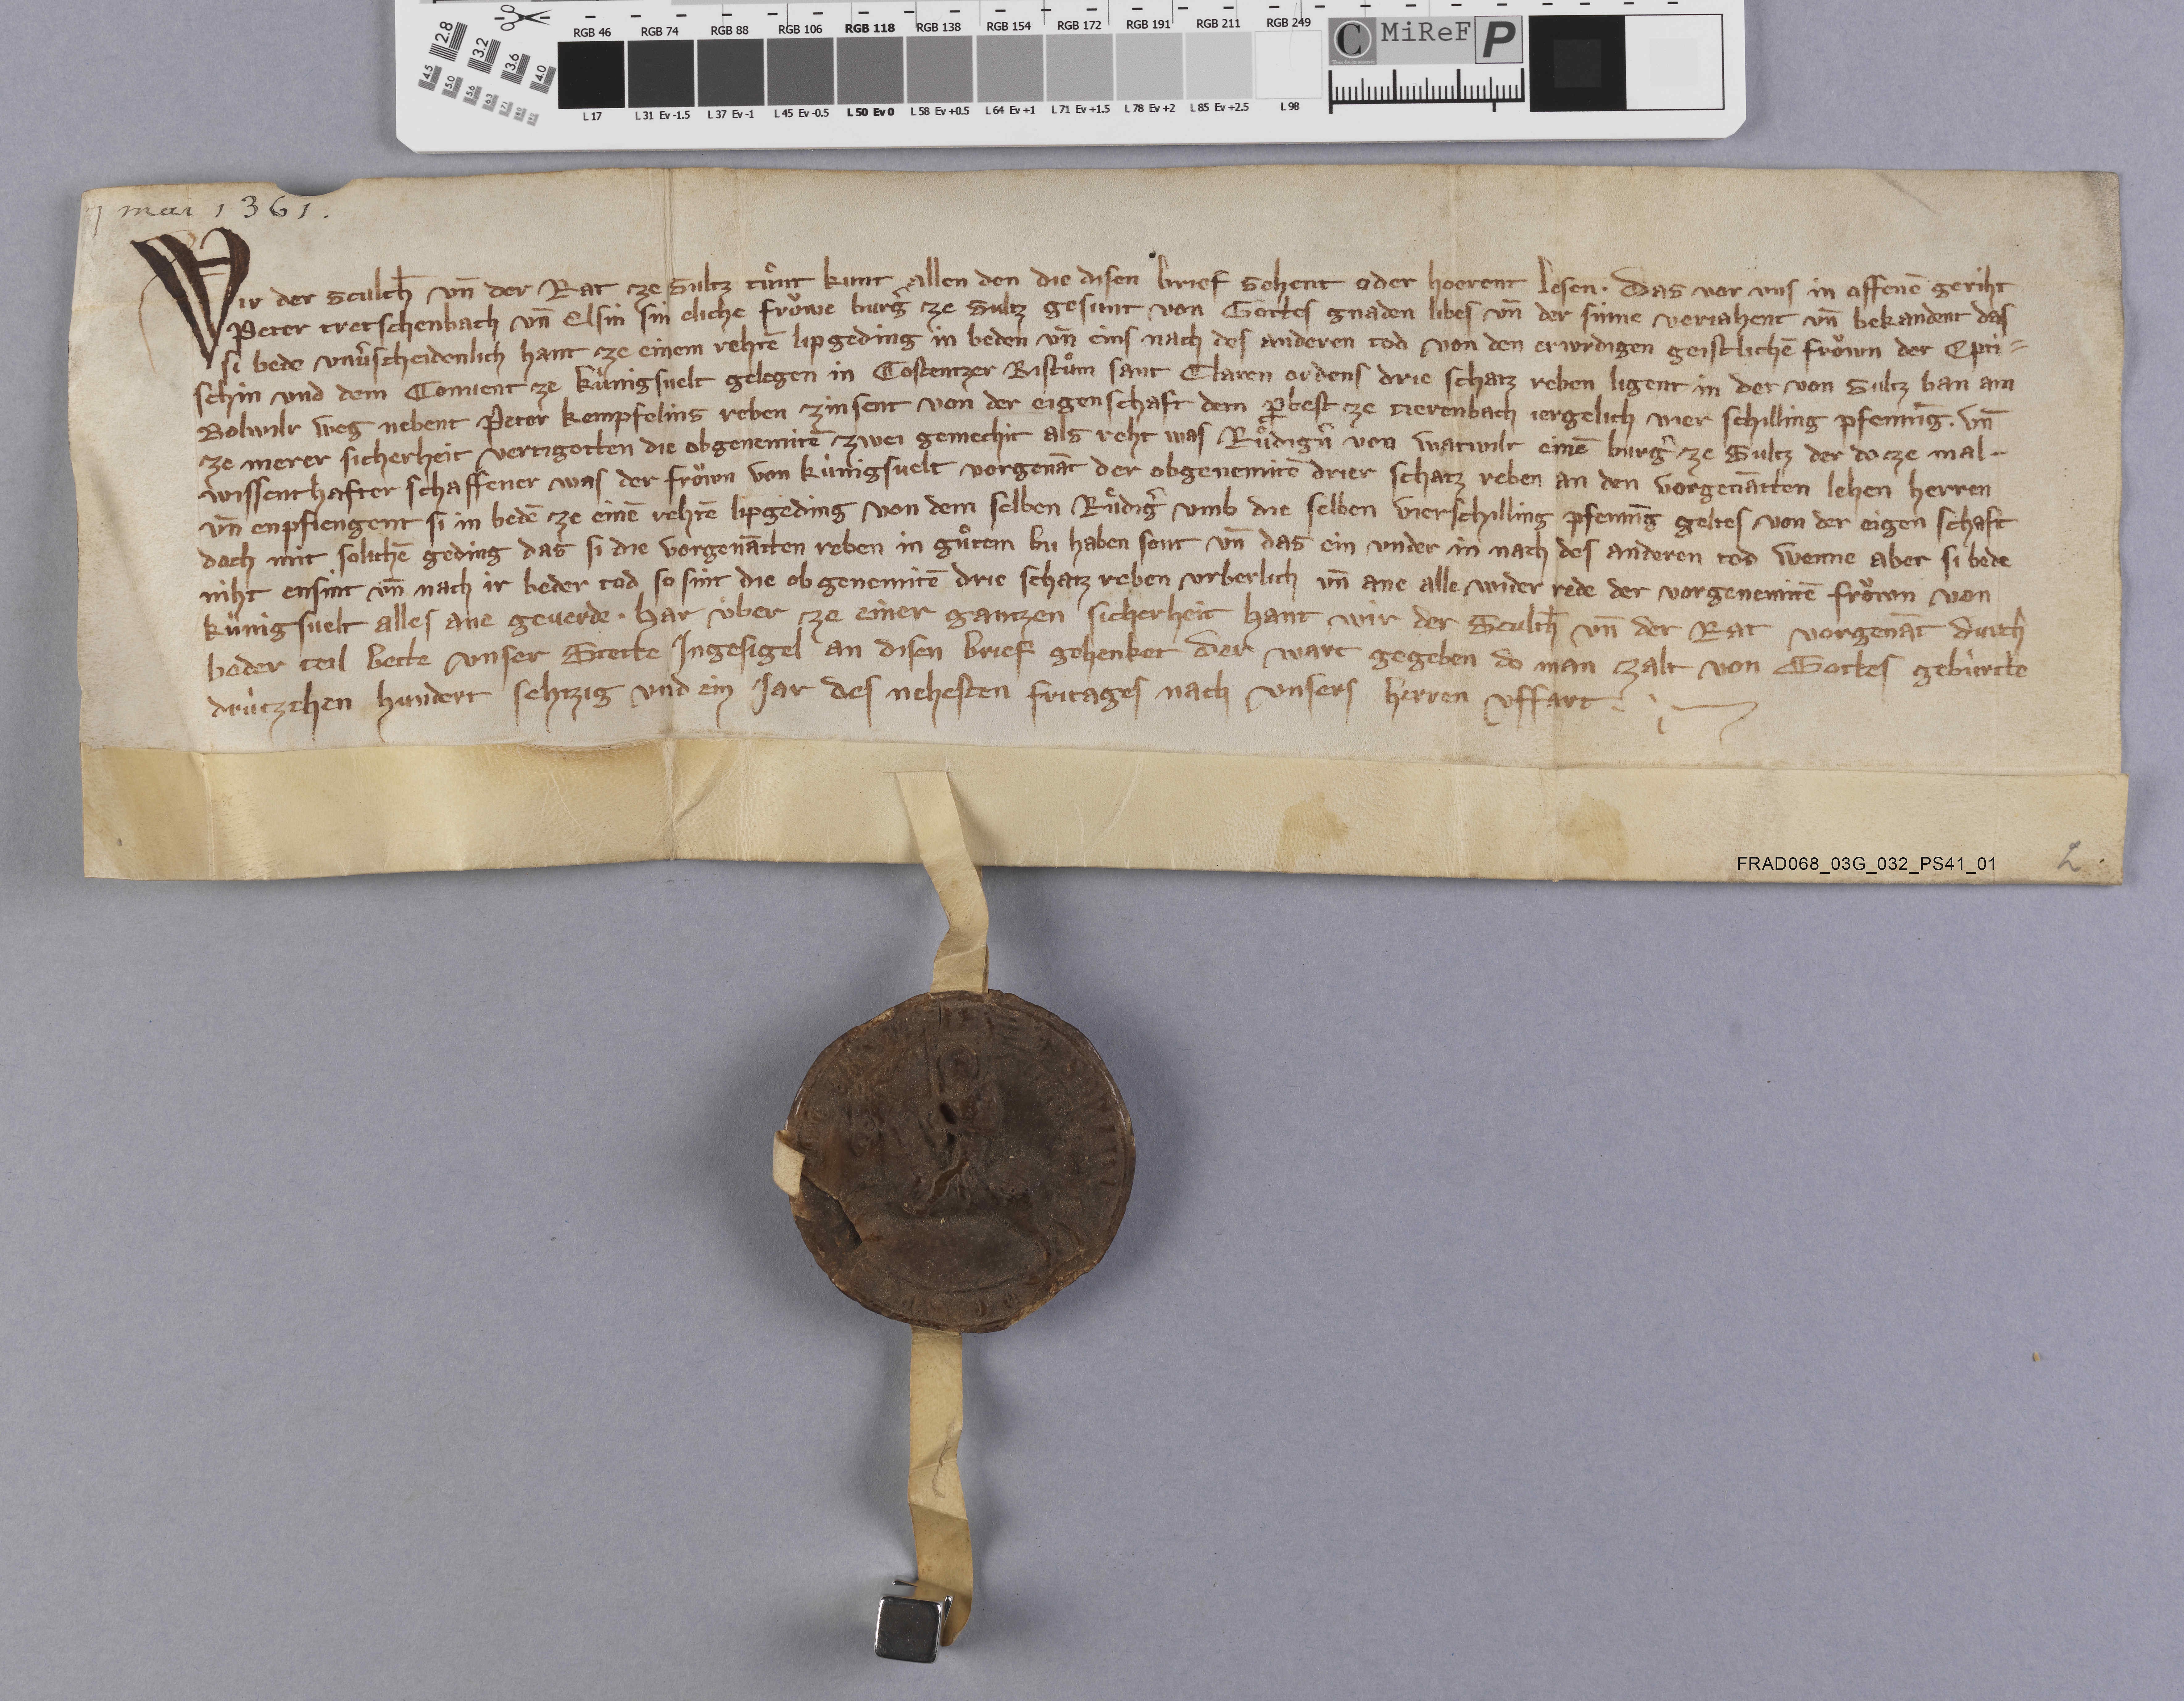
7 mai 1361 ✳

Wir der sculth̄ un̄ der rat ze Sultz, tuͦnt kunt allen den die disen brief sehent oder hoerent lesen ✳ das vor uns in offenē geriht
Peter Tretschenbach un̄ Elsin, sin eliche froͧwe burgˀ ze Sultz gesunt von gottes gnaden libes un̄ und der sinne verjahent un̄ bekandent, das
si bede unvˀscheidenlich hant ze einem rehtē lipgeding in beden un̄ eins nach des anderen tod von den erwrdigen geistlichē froͧwn der epti¬
schin und dem convent ze Kùnigsvelt gelegen in Costentzer bistuͦm Sant Claren ordens drie schatz reben ligent in der von Sultz ban am
Bowlilr weg nebent Peter Kempfelins reben zinsent von der eigenschaft dem ꝓbest ze Nerenbach jereglich vier schilling pffennīg ✳ un̄
ze merer sicherheit vertigotten die obgenemitē zwei gemechit als reht was Ruͦdigˀn von Watwilr einē burgˀ ze Sultz der do ze mal ✳
wissenthafter schaffener was der froͧwn von Kùnigsvelt vorgenāt der obgenemitē drier schatz reben an den vorgenātten lehen herren
un̄ enpfiengent si in bedē ze einē rehtē lipgeding von dem selben Ruͤdigˀ umb die selben vier schilling pfennīg geltes von der eigen schaft
doch mit solichē geding das si die vorgenātten reben in guͦtem bu haben sont un̄ das ein under in nach des anderen tod wenne aber si bede
niht ensint un̄ nach ir beder tod so sint die ob genemitē drie schatz reben urberlich un̄ ane alle wider rede der voregnemitē froͧwn von
Kùnigsvelt alles ane geverde ✳ har ùber ze einer gantzen sicherheit hant wir der sculth̄ un̄ der rat vorgenāt durch
beder teil bette unser stette ingesigel an disen brief gehenket der wart gegeben do man zalt von gottes gebùrtte
drùtzehen hundert sehtzig und ein jar des nehesten fritages nach unsers herren uffart. ✳